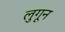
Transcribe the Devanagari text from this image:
लुगून